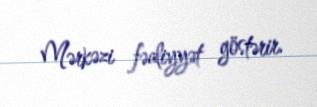
Mərkəzi fəaliyyət göstərir.